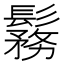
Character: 𩮼